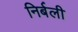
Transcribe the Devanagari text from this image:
निर्बली